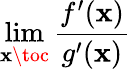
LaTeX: \operatorname*{lim}_{\mathbf{x}\toc}{\frac{{f^{\prime}(\mathbf{x})}}{{g^{\prime}(\mathbf{x})}}}